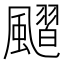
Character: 𩘴